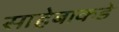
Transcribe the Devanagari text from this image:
साहेबाकडे